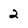
Character: 2